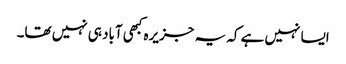
ایسا نہیں ہے کہ یہ جزیرہ کبھی آباد ہی نہیں تھا۔